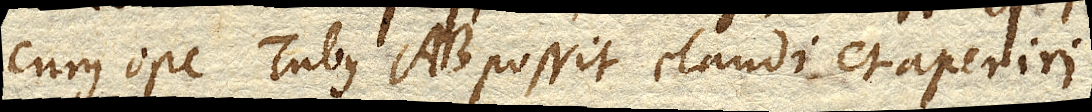
cujus ope Tubus AB. possit claudi et aperiri.